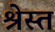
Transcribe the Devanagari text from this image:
श्रेस्त